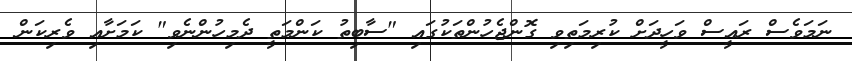
ނަމަވެސް ރައީސް ވަހީދަށް ކުރިމަތިވި ގޮންޖެހުންތަކުގައި "ސާބިތު ކަންމަތީ ދެމިހުންނެވި" ކަމަށާއި ވެރިކަން